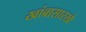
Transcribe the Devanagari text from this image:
खांबासारखे